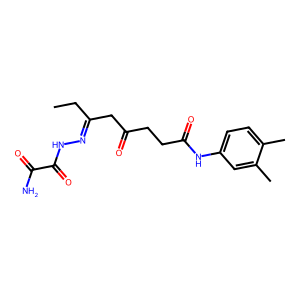
SMILES: CCC(CC(=O)CCC(=O)Nc1ccc(C)c(C)c1)=NNC(=O)C(N)=O
Inhibits HIV replication: No